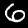
Digit: 6